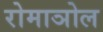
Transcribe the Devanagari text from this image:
रोमाञोल